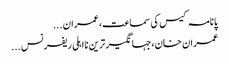
پانامہ کیس کی سماعت،عمران ...
عمران خان،جہانگیر ترین نااہلی ریفرنس ...